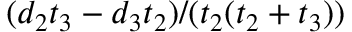
( d _ { 2 } t _ { 3 } - d _ { 3 } t _ { 2 } ) / ( t _ { 2 } ( t _ { 2 } + t _ { 3 } ) )